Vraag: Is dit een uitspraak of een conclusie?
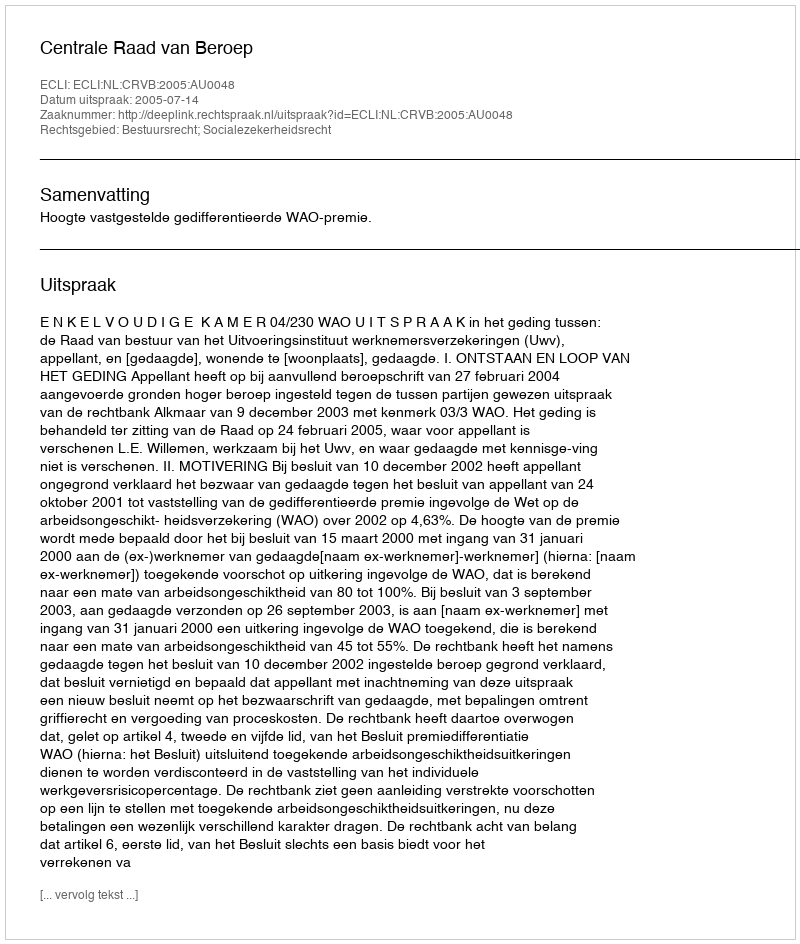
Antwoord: Uitspraak